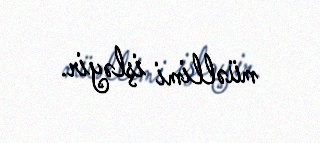
müəllimi işləyir.